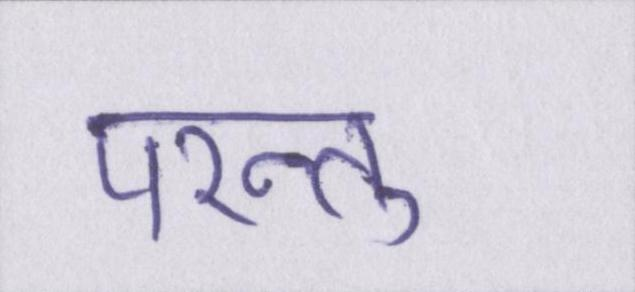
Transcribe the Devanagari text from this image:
परन्तु